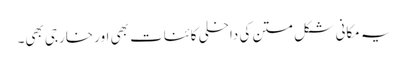
یہ مکانی شکل متن کی داخلی کائنات بھی اور خارجی بھی۔